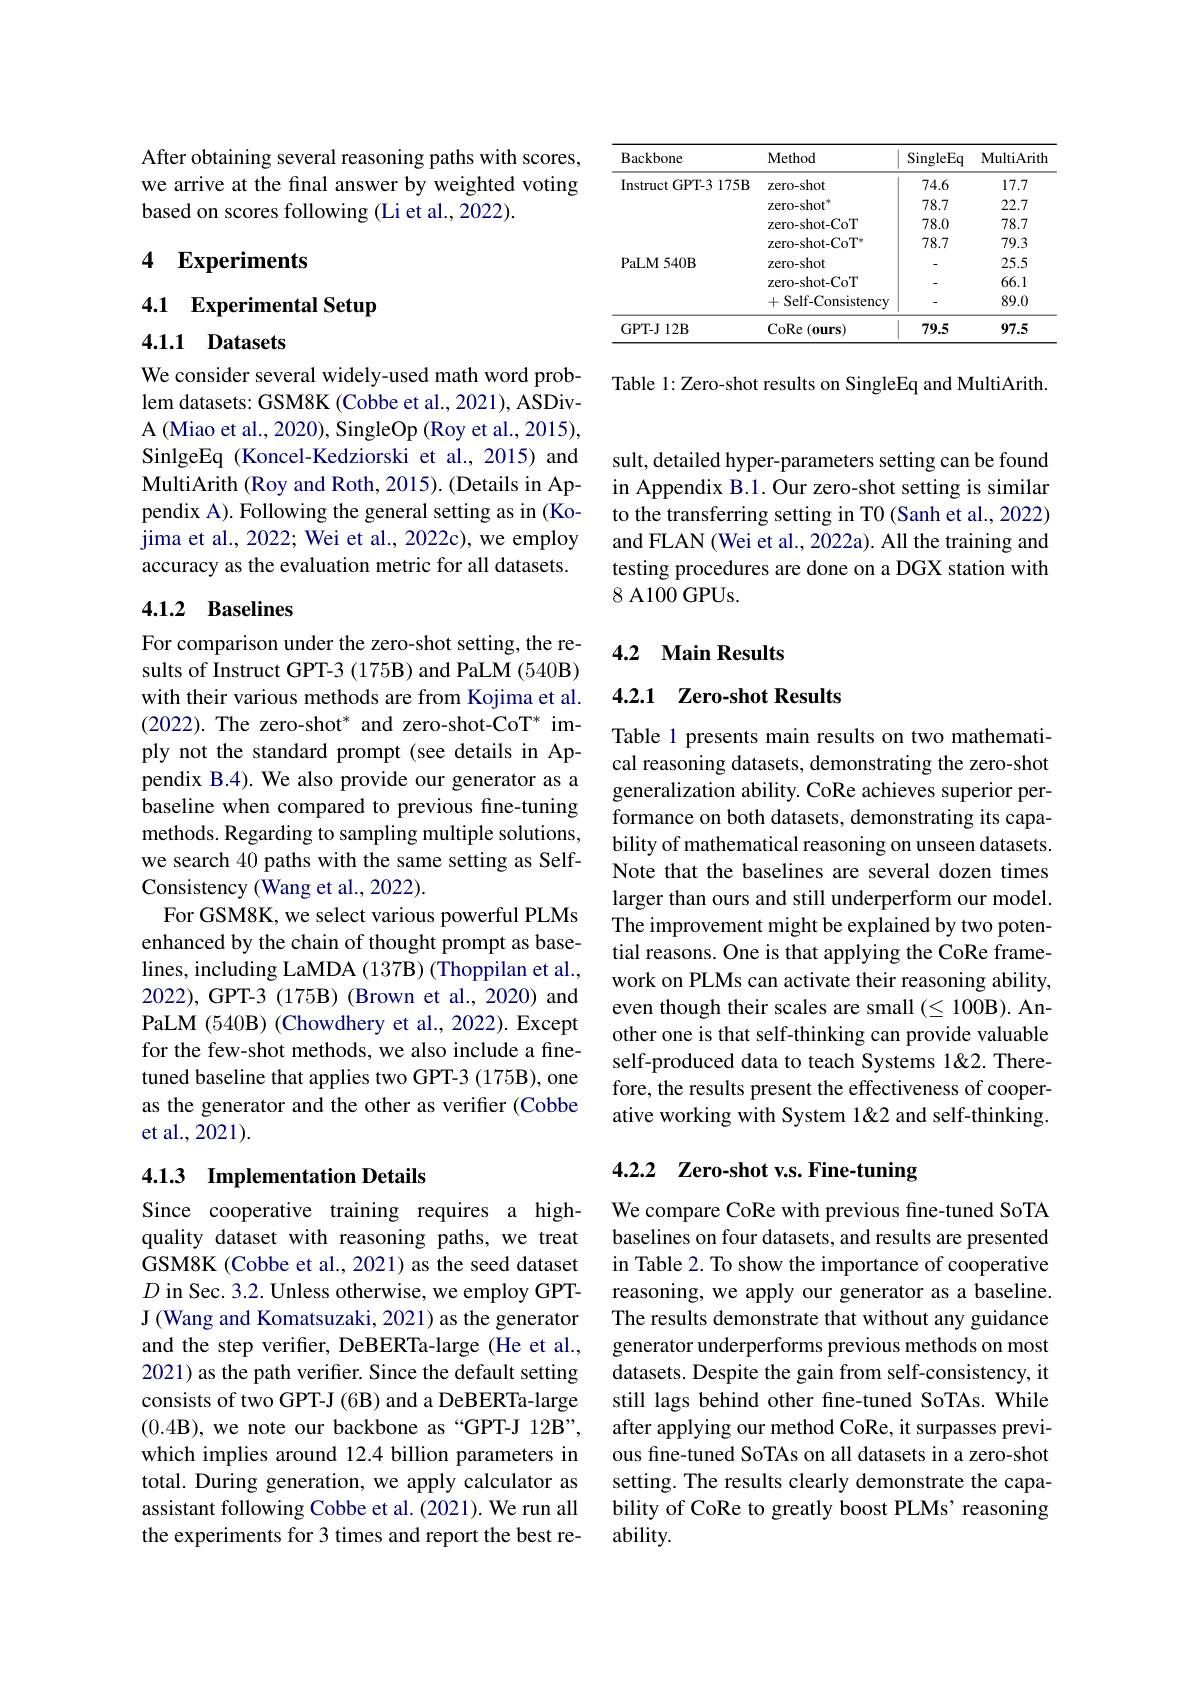
After obtaining several reasoning paths with scores, we arrive at the final answer by weighted voting based on scores following (Li et al., 2022).

# 4 Experiments

# 4.1 Experimental Setup

4.1.1 Datasets

We consider several widely-used math word problem datasets: GSM8K (Cobbe et al., 2021), ASDivA (Miao et al., 2020), SingleOp (Roy et al., 2015), SinlgeEq (Koncel-Kedziorski et al.,2015) and MultiArith (Roy and Roth, 2015). (Details in Appendix A). Following the general setting as in (Kojima et al., 2022; Wei et al., 2022c), we employ accuracy as the evaluation metric for all datasets.

## 4.1.2 Baselines

For comparison under the zero-shot setting, the results of Instruct GPT-3 (175B) and PaLM (540B) with their various methods are from Kojima et al. (2022). The zero-shot$^*$ and zero-shot-CoT$^*$ imply not the standard prompt (see details in Appendix B.4). We also provide our generator as a baseline when compared to previous fine-tuning methods. Regarding to sampling multiple solutions, we search 40 paths with the same setting as SelfConsistency (Wang et al., 2022).
For GSM8K, we select various powerful PLMs enhanced by the chain of thought prompt as baselines, including LaMDA (137B) (Thoppilan et al., 2022), GPT-3 (175B) (Brown et al.,2020) and PaLM (540B) (Chowdhery et al., 2022). Except for the few-shot methods, we also include a finetuned baseline that applies two GPT-3 (175B), one as the generator and the other as verifier (Cobbe et al.,2021).

## 4.1.3 Implementation Details

Since cooperative training requires a highquality dataset with reasoning paths, we treat GSM8K (Cobbe et al., 2021) as the seed dataset $D$ in Sec. 3.2. Unless otherwise, we employ GPTJ (Wang and Komatsuzaki, 2021) as the generator and the step verifier, DeBERTa-large (He et al., 2021) as the path verifier. Since the default setting consists of two GPT-J (6B) and a DeBERTa-large $(0.4\mathbf{B})$, we note our backbone as “GPT-J 12B”, which implies around 12.4 billion parameters in total. During generation, we apply calculator as assistant following Cobbe et al. (2021). We run all the experiments for 3 times and report the best re-

<table>
	<tbody>
		<tr>
			<th>Backbone</th>
			<th>Method</th>
			<th>SingleEq</th>
			<th>MultiArith</th>
		</tr>
		<tr>
			<td rowspan="4">Instruct GPT-3 175B</td>
			<td>zero-shot</td>
			<td>74.6</td>
			<td>17.7</td>
		</tr>
		<tr>
			<td>zero-shot"</td>
			<td>78.7</td>
			<td>22.7</td>
		</tr>
		<tr>
			<td>zero- shot- CoT</td>
			<td>78.0</td>
			<td>78.7</td>
		</tr>
		<tr>
			<td>$\mathrm{zero-shot-CoT}^{*}$</td>
			<td>78.7</td>
			<td>79.3</td>
		</tr>
		<tr>
			<td>PaLM540B</td>
			<td>zero-shot</td>
			<td> </td>
			<td>25.5</td>
		</tr>
		<tr>
			<td> </td>
			<td>zero- shot- CoT</td>
			<td> </td>
			<td>66.1</td>
		</tr>
		<tr>
			<td> </td>
			<td>+Self-Consistency</td>
			<td> </td>
			<td>89.0</td>
		</tr>
		<tr>
			<td>GPT-J 12B</td>
			<td>CoRe ( ours) </td>
			<td>79.5</td>
			<td>97.5</td>
		</tr>
	</tbody>
</table>

Table 1: Zero-shot results on SingleEq and MultiArith.

sult, detailed hyper-parameters setting can be found in Appendix B.1. Our zero-shot setting is similar to the transferring setting in T0 (Sanh et al., 2022) and FLAN (Wei et al., 2022a). All the training and testing procedures are done on a DGX station with 8 A100 GPUs.

## 4.2 Main Results

## 4.2.1 Zero-shot Results

Table 1 presents main results on two mathematical reasoning datasets, demonstrating the zero-shot generalization ability. CoRe achieves superior performance on both datasets, demonstrating its capability of mathematical reasoning on unseen datasets. Note that the baselines are several dozen times larger than ours and still underperform our model. The improvement might be explained by two potential reasons. One is that applying the CoRe framework on PLMs can activate their reasoning ability, even though their scales are small $( \leq 100$B). Another one is that self-thinking can provide valuable self-produced data to teach Systems 1& Therefore, the results present the effectiveness of cooperative working with System 1&2 and self-thinking.

## 4.2.2 Zero-shot v.s. Fine-tuning

We compare CoRe with previous fine-tuned SoTA baselines on four datasets, and results are presented in Table 2. To show the importance of cooperative reasoning, we apply our generator as a baseline. The results demonstrate that without any guidance generator underperforms previous methods on most datasets. Despite the gain from self-consistency, it still lags behind other fne-tuned SoTAs. While after applying our method CoRe, it surpasses previous fine-tuned SoTAs on all datasets in a zero-shot setting. The results clearly demonstrate the capability of CoRe to greatly boost PLMs' reasoning ability.